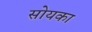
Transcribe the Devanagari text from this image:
सोयका